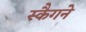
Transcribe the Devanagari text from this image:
स्कैगने